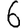
Digit: 6